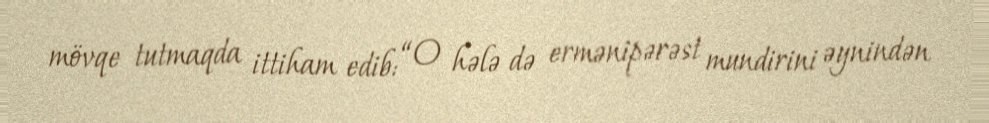
mövqe tutmaqda ittiham edib: “O hələ də ermənipərəst mundirini əynindən